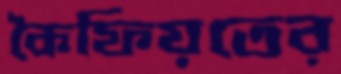
কৈফিয়তের